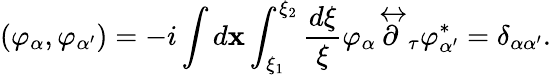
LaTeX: \left(\varphi_{\alpha},\varphi_{\alpha^{\prime}}\right)=-i\int d{\mathbf x}\int_{\xi_{1}}^{\xi_{2}}\frac{d\xi}{\xi}\varphi_{\alpha}\stackrel{\leftrightarrow}{\partial}_{\tau}\varphi_{\alpha^{\prime}}^{*}=\delta_{\alpha\alpha^{\prime}}.